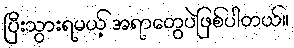
ပြီးသွားရမယ့် အရာတွေပဲဖြစ်ပါတယ်။